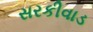
સરકીવાડ